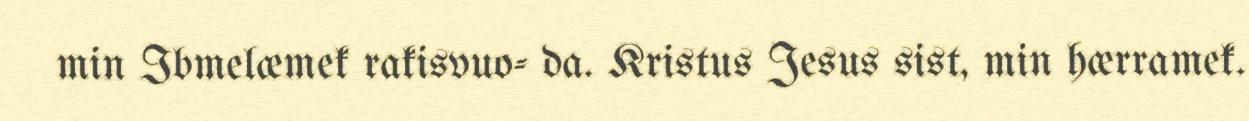
min Ibmelæmek rakisvuo- da. Kristus Jesus sist, min hærramek.